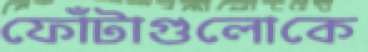
ফোঁটাগুলোকে